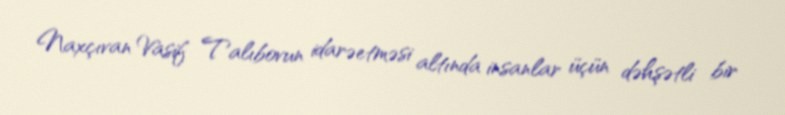
Naxçıvan Vasif Talıbovun idarəetməsi altında insanlar üçün dəhşətli bir